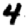
Digit: 4